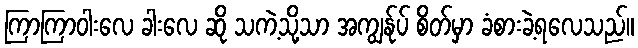
ကြာကြာဝါးလေ ခါးလေ ဆို သကဲ့သို့သာ အကျွန်ုပ် စိတ်မှာ ခံစားခဲ့ရလေသည်။